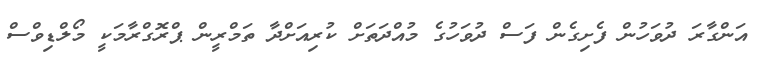
އަންގާރަ ދުވަހުން ފެށިގެން ފަސް ދުވަހުގެ މުއްދަތަށް ކުރިއަށްދާ ތަމްރީން ޕްރޮގްރާމަކީ މޯލްޑިވްސް